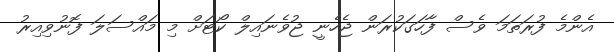
އެންމެ ފުރަތަމަ ވެސް ފާހަގަކުރަން ޖެހެނީ ޖުވެނައިލް ކޯޓަށް މި މައްސަލަ ފޮނުވިއިރު